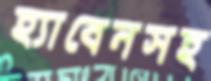
হ্যাবেনসহ